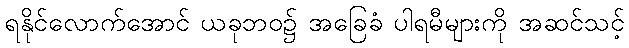
ရနိုင်လောက်အောင် ယခုဘဝ၌ အခြေခံ ပါရမီများကို အဆင်သင့်